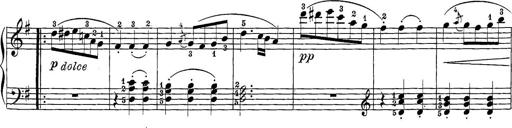
Title: 12 Sonatine per Pianoforte
Composer: Friedrich Kuhlau